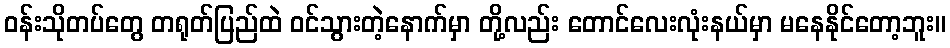
ဝန်းသိုတပ်တွေ တရုတ်ပြည်ထဲ ဝင်သွားတဲ့နောက်မှာ တို့လည်း တောင်လေးလုံးနယ်မှာ မနေနိုင်တော့ဘူး။